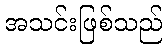
အသင်းဖြစ်သည်